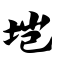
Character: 垲